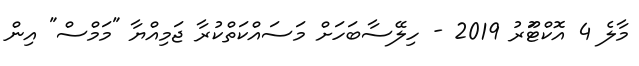
މާލެ 4 އޮކްޓޫަރު 2019 - ހިލޭސާބަހަށް މަސައްކަތްކުރާ ޖަމިއްޔާ "މަމްސް" އިން